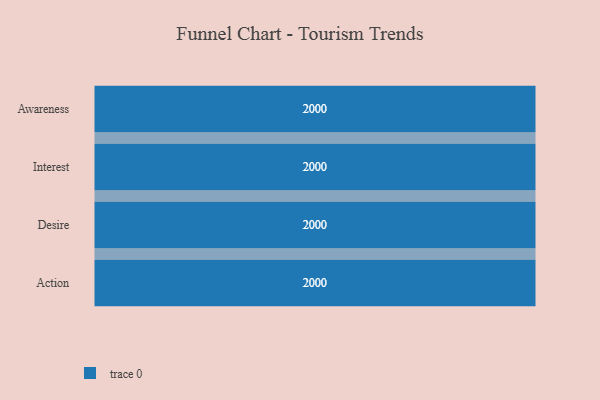
{"axis": {"x": "Stage", "y": "Value"}, "legend": [""], "data": [{"x": "Awareness", "y": 2000, "type": ""}, {"x": "Interest", "y": 2000, "type": ""}, {"x": "Desire", "y": 2000, "type": ""}, {"x": "Action", "y": 2000, "type": ""}]}